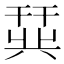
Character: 𫷛